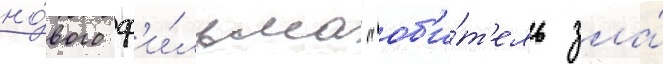
но́вого ф'и́льма "об'и́т'ель зла́